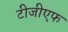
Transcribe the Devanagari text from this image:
टीजीएफ